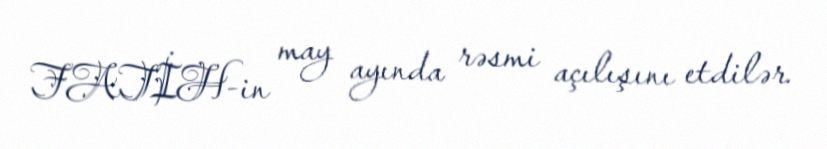
FATİH-in may ayında rəsmi açılışını etdilər.